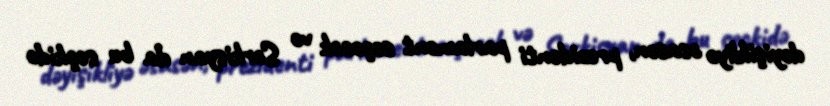
dəyişikliyə əsasən, prezidenti parlament seçəcək və Sərkisyan da bu seçkidə